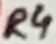
Text: R4